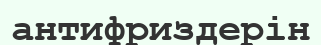
антифриздерін